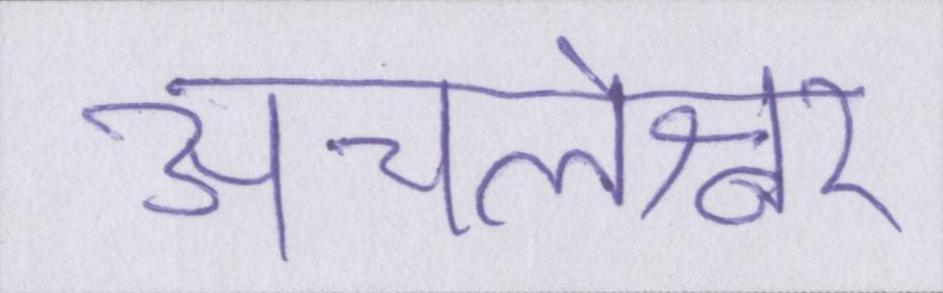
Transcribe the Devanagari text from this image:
अचलेश्वर